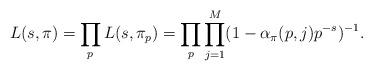
LaTeX: \begin{align*} L(s, \pi)=\prod_pL(s, \pi_p)=\prod_p\prod^M_{j=1}(1-\alpha_{\pi}(p, j)p^{-s})^{-1}.\end{align*}